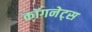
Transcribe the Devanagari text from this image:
कॉगनेट्स